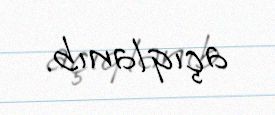
açıqlanıb.